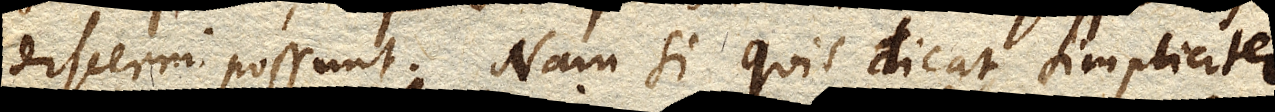
discerni possunt. Nam si quis dicat simpliciter